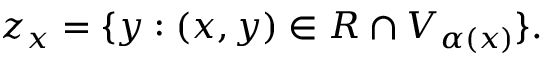
z _ { x } = \{ y : ( x , y ) \in R \cap V _ { \alpha ( x ) } \} .